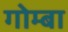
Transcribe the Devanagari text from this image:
गोम्बा